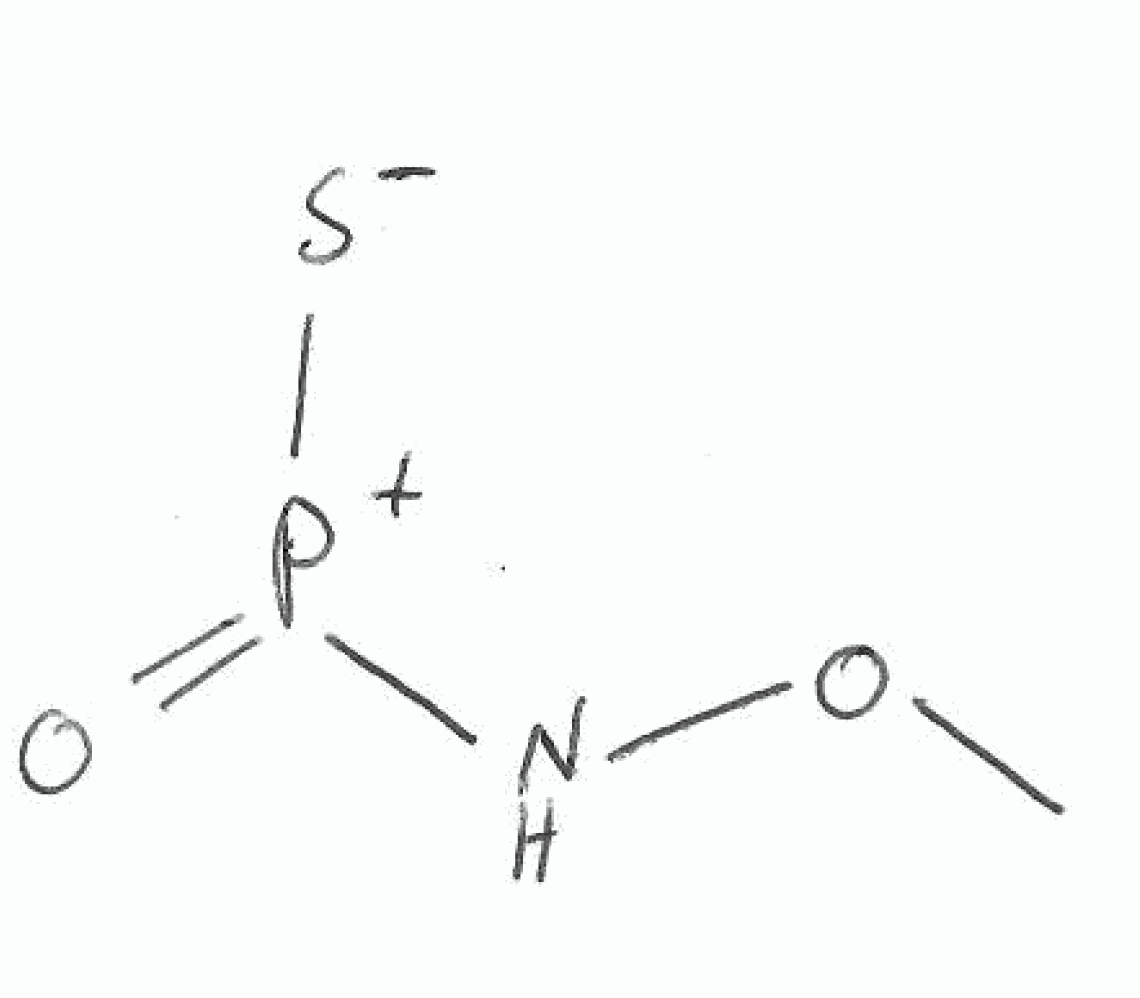
Simplified molecular-input line-entry system (SMILES) notation of the given molecule:
CON[P+](=O)[S-]